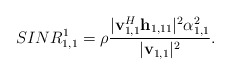
\begin{align*}SINR^1_{1,1} = \rho \frac{|\mathbf{v}_{1,1}^H\mathbf{h}_{1,11} |^2 \alpha_{1,1}^2 }{ |\mathbf{v}_{1,1}|^2 }.\end{align*}